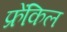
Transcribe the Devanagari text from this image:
फ्रेंकिल